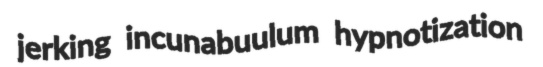
jerking incunabuulum hypnotization